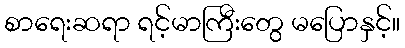
စာရေးဆရာ ရင့်မာကြီးတွေ မပြောနှင့်။